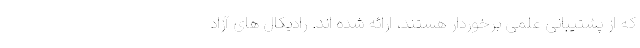
که از پشتیبانی علمی برخوردار هستند، ارائه شده اند. رادیکال های آزاد